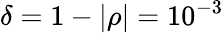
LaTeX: \delta=1-|\rho|=10^{-3}